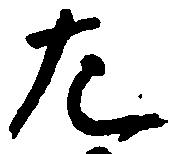
左